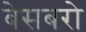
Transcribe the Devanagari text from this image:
बेसबरो